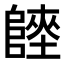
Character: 𨻏